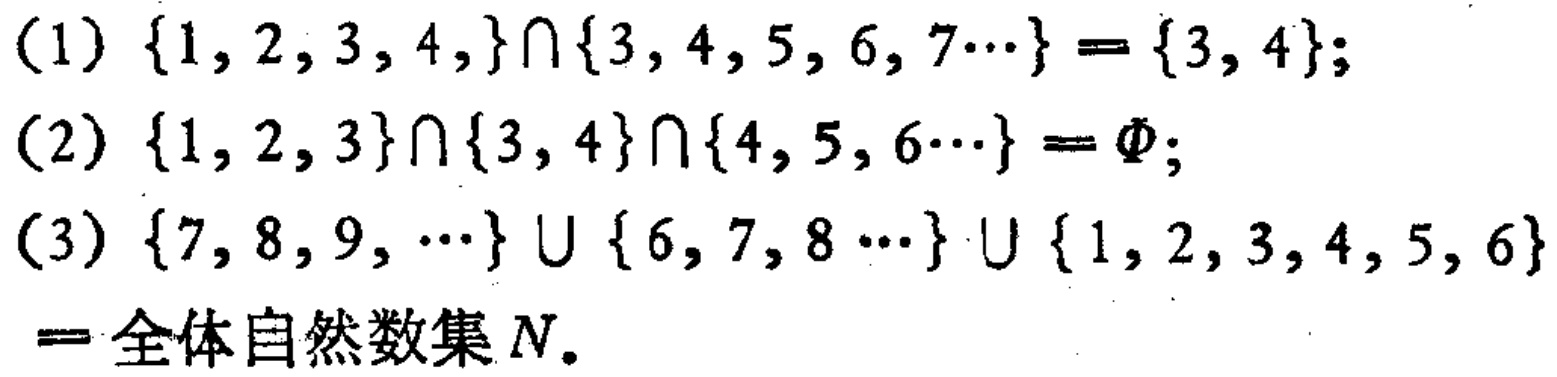
(1) $\{1,2,3,4,\}\cap\{3,4,5,6,7\cdots\}=\{3,4\}$;

(2) $\{1,2,3\}\cap\{3,4\}\cap\{4,5,6\cdots\}=\varnothing$;

(3) $\{7,8,9,\cdots\}\cup\{6,7,8\cdots\}\cup\{1,2,3,4,5,6\} = \text{全体自然数集 } \mathbb{N}$.